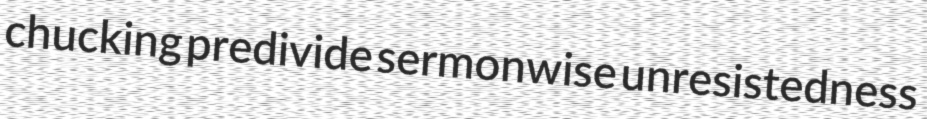
chucking predivide sermonwise unresistedness